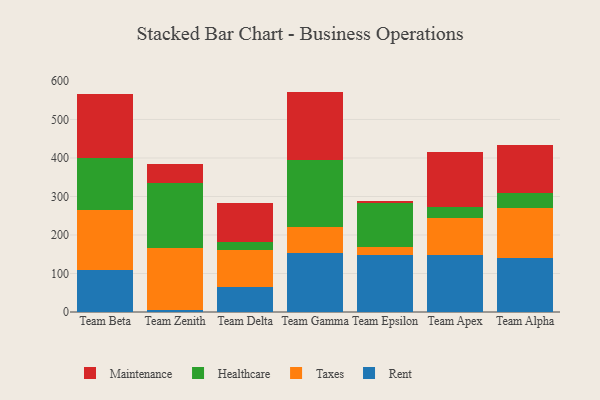
{"axis": {"x": "Team", "y": "Budget (USD K)"}, "legend": ["Healthcare", "Maintenance", "Rent", "Taxes"], "data": [{"x": "Team Beta", "y": 108.8, "type": "Rent"}, {"x": "Team Beta", "y": 156.6, "type": "Taxes"}, {"x": "Team Beta", "y": 134.9, "type": "Healthcare"}, {"x": "Team Beta", "y": 166.9, "type": "Maintenance"}, {"x": "Team Zenith", "y": 5.5, "type": "Rent"}, {"x": "Team Zenith", "y": 161.6, "type": "Taxes"}, {"x": "Team Zenith", "y": 168.1, "type": "Healthcare"}, {"x": "Team Zenith", "y": 49.6, "type": "Maintenance"}, {"x": "Team Delta", "y": 64.4, "type": "Rent"}, {"x": "Team Delta", "y": 97.9, "type": "Taxes"}, {"x": "Team Delta", "y": 19.8, "type": "Healthcare"}, {"x": "Team Delta", "y": 101.5, "type": "Maintenance"}, {"x": "Team Gamma", "y": 152.1, "type": "Rent"}, {"x": "Team Gamma", "y": 67.7, "type": "Taxes"}, {"x": "Team Gamma", "y": 173.9, "type": "Healthcare"}, {"x": "Team Gamma", "y": 178.7, "type": "Maintenance"}, {"x": "Team Epsilon", "y": 148.1, "type": "Rent"}, {"x": "Team Epsilon", "y": 22.0, "type": "Taxes"}, {"x": "Team Epsilon", "y": 112.6, "type": "Healthcare"}, {"x": "Team Epsilon", "y": 5.5, "type": "Maintenance"}, {"x": "Team Apex", "y": 147.9, "type": "Rent"}, {"x": "Team Apex", "y": 95.9, "type": "Taxes"}, {"x": "Team Apex", "y": 30.2, "type": "Healthcare"}, {"x": "Team Apex", "y": 140.7, "type": "Maintenance"}, {"x": "Team Alpha", "y": 140.1, "type": "Rent"}, {"x": "Team Alpha", "y": 128.8, "type": "Taxes"}, {"x": "Team Alpha", "y": 39.8, "type": "Healthcare"}, {"x": "Team Alpha", "y": 125.5, "type": "Maintenance"}]}